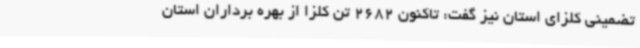
تضمینی کلزای استان نیز گفت: تاکنون 2682 تن کلزا از بهره برداران استان